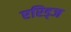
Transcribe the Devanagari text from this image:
एरिड्‌ज